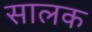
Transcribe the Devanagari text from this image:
सालक